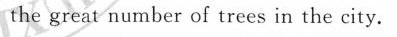
the great number of trees in the city.